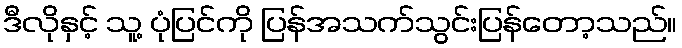
ဒီလိုနှင့် သူ့ ပုံပြင်ကို ပြန်အသက်သွင်းပြန်တော့သည်။